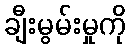
ချီးမွမ်းမှုကို